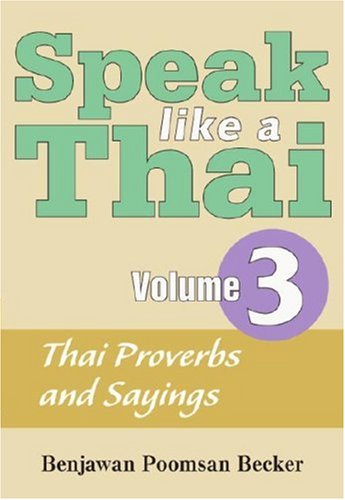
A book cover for Speak Like a Thai, Vol. 3: Thai Proverbs and Sayings; Benjawan Poomsan Becker; Travel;